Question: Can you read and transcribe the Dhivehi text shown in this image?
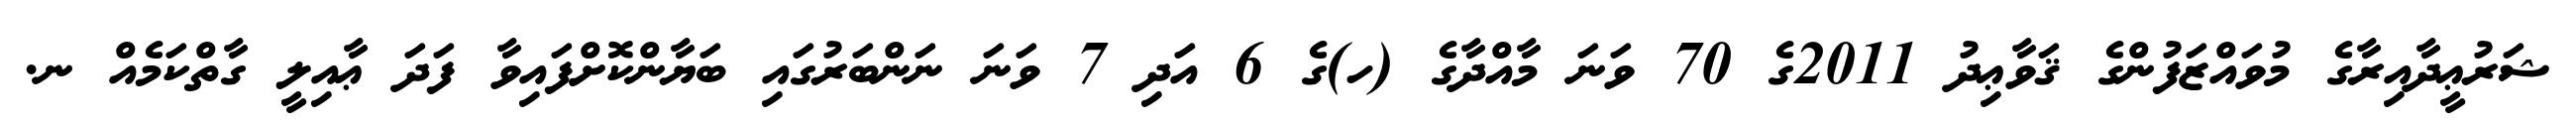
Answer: ޝަރުޢީދާއިރާގެ މުވައްޒަފުންގެ ޤަވާޢިދު 2011ގެ 70 ވަނަ މާއްދާގެ (ހ)ގެ 6 އަދި 7 ވަނަ ނަންބަރުގައި ބަޔާންކޮށްފައިވާ ފަދަ ޢާއިލީ ގާތްކަމެއް ނ.